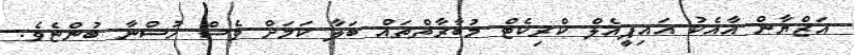
އަޒްޔާން އާއެކު އައިޕީއެލް ކްރިކެޓް މުބާރާތްތައް ބަލާ ކަމަށް ވެސް ހުސްނާ ބުންޏެވެ.